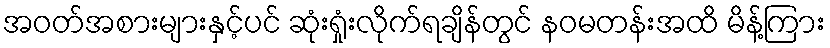
အဝတ်အစားများနှင့်ပင် ဆုံးရှုံးလိုက်ရချိန်တွင် နဝမတန်းအထိ မိန့်ကြား